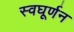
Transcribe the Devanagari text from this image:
स्वघूर्णन